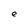
Character: e